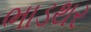
ભાડથર